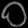
Digit: ၀